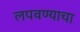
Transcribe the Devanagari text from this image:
लपवण्याचा